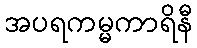
အပရကမ္မကာရိနီ